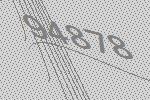
94878